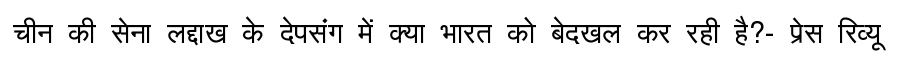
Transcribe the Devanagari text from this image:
चीन की सेना लद्दाख के देपसंग में क्या भारत को बेदखल कर रही है?- प्रेस रिव्यू